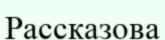
Рассказова